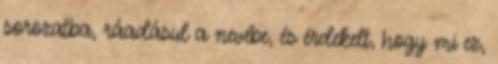
sorozatba, ráadásul a nevébe, és érdekelt, hogy mi ez,